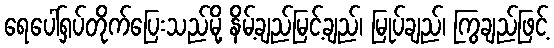
ရေပေါ်ရှပ်တိုက်ပြေးသည်မို့ နိမ့်ချည်မြင့်ချည်၊ မြုပ်ချည်၊ ကြွချည်ဖြင့်